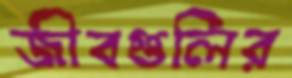
জীবগুলির